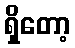
ရှိတော့